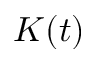
K ( t )